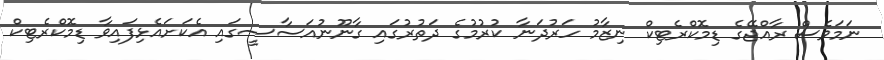
ނަމަވެސް ރާއްޖޭގެ ޑިމޮކްރެޓިކް ނިޒާމު ހަރުދަނާ ކުރުމުގެ ދަތުރުގައި ގާނޫނުއަސާސީގައި އެކަށައެޅިފައިވާ ޑިމޮކްރެޓިކް